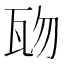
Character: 𤬱